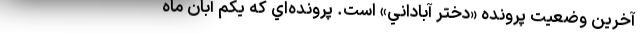
آخرين وضعيت پرونده «دختر آباداني» است. پرونده‌اي كه يكم آبان‌ ماه